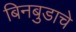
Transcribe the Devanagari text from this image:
बिनबुडाचे